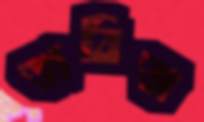
তাবিজ